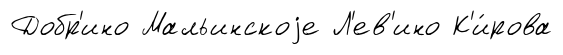
Добр'ино Мальинскоjе Л'ев'ино К'и́рова